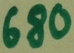
Text: 680